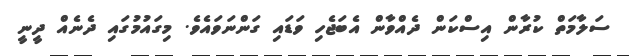
ސަލާމަތް ކުރާން އިސްކަން ދެއްވާން އެބަޖެހި ވަޑައި ގަންނަވައެވެ. މިގައުމުގައި ދެނެއް ދީނީ